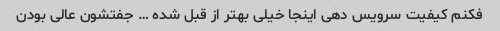
فکنم کیفیت سرویس دهی اینجا خیلی بهتر از قبل شده … جفتشون عالی بودن